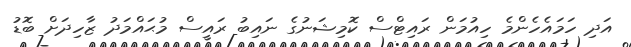
އަދި ހަމައެހެންމެ ހިއުމަން ރައިޓްސް ކޮމިޝަނުގެ ނައިބު ރައީސް މުޙައްމަދު ޒާހިދަށް ބޮޑު